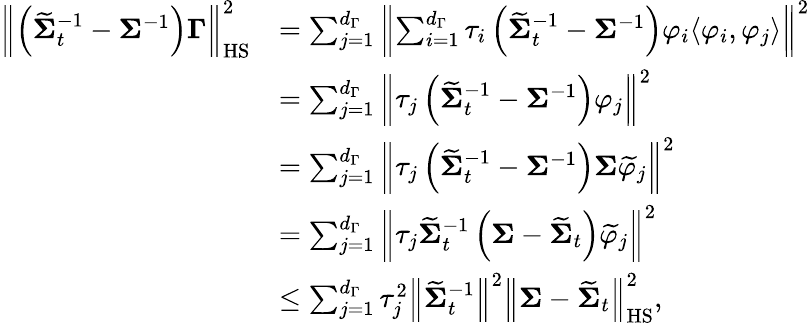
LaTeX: \begin{array}{rl}{\left\| \left(\widetilde{\boldsymbol{\Sigma}}_{t}^{-1}-\boldsymbol{\Sigma}^{-1}\right)\boldsymbol{\Gamma}\right\| _{\mathrm{HS}}^{2}}&{=\sum_{j=1}^{d_{\Gamma}}\left\| \sum_{i=1}^{d_{\Gamma}}\tau_{i}\left(\widetilde{\boldsymbol{\Sigma}}_{t}^{-1}-\boldsymbol{\Sigma}^{-1}\right)\varphi_{i}\langle\varphi_{i},\varphi_{j}\rangle\right\| ^{2}}\\ &{=\sum_{j=1}^{d_{\Gamma}}\left\| \tau_{j}\left(\widetilde{\boldsymbol{\Sigma}}_{t}^{-1}-\boldsymbol{\Sigma}^{-1}\right)\varphi_{j}\right\| ^{2}}\\ &{=\sum_{j=1}^{d_{\Gamma}}\left\| \tau_{j}\left(\widetilde{\boldsymbol{\Sigma}}_{t}^{-1}-\boldsymbol{\Sigma}^{-1}\right)\boldsymbol{\Sigma}\widetilde{\varphi}_{j}\right\| ^{2}}\\ &{=\sum_{j=1}^{d_{\Gamma}}\left\| \tau_{j}\widetilde{\boldsymbol{\Sigma}}_{t}^{-1}\left(\boldsymbol{\Sigma}-\widetilde{\boldsymbol{\Sigma}}_{t}\right)\widetilde{\varphi}_{j}\right\| ^{2}}\\ &{\leq\sum_{j=1}^{d_{\Gamma}}\tau_{j}^{2}\left\| \widetilde{\boldsymbol{\Sigma}}_{t}^{-1}\right\| ^{2}\left\| \boldsymbol{\Sigma}-\widetilde{\boldsymbol{\Sigma}}_{t}\right\| _{\mathrm{HS}}^{2},}\end{array}